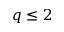
q \leq 2